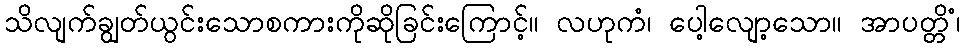
သိလျက်ချွတ်ယွင်းသောစကားကိုဆိုခြင်းကြောင့်။ လဟုကံ၊ ပေါ့လျော့သော။ အာပတ္တိံ၊